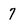
Character: 7